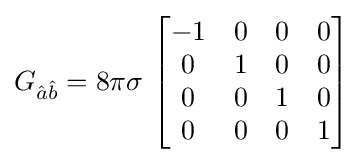
G_{{\hat {a}}{\hat {b}}}=8\pi \sigma \,\left[{\begin{matrix}-1&0&0&0\\0&1&0&0\\0&0&1&0\\0&0&0&1\end{matrix}}\right]